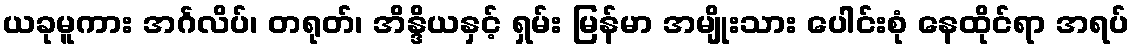
ယခုမူကား အင်္ဂလိပ်၊ တရုတ်၊ အိန္ဒိယနှင့် ရှမ်း မြန်မာ အမျိုးသား ပေါင်းစုံ နေထိုင်ရာ အရပ်